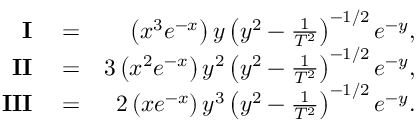
\begin{array} { r l r } { \mathbf { I } } & { { } = } & { \left( x ^ { 3 } e ^ { - x } \right) y \left( y ^ { 2 } - \frac { 1 } { T ^ { 2 } } \right) ^ { - 1 / 2 } e ^ { - y } , } \\ { \mathbf { I I } } & { { } = } & { 3 \left( x ^ { 2 } e ^ { - x } \right) y ^ { 2 } \left( y ^ { 2 } - \frac { 1 } { T ^ { 2 } } \right) ^ { - 1 / 2 } e ^ { - y } , } \\ { \mathbf { I I I } } & { { } = } & { 2 \left( x e ^ { - x } \right) y ^ { 3 } \left( y ^ { 2 } - \frac { 1 } { T ^ { 2 } } \right) ^ { - 1 / 2 } e ^ { - y } . } \end{array}